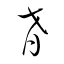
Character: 肴